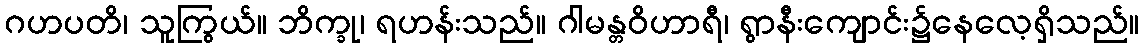
ဂဟပတိ၊ သူကြွယ်။ ဘိက္ခု၊ ရဟန်းသည်။ ဂါမန္တဝိဟာရီ၊ ရွာနီးကျောင်း၌နေလေ့ရှိသည်။